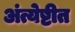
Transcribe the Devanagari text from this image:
अंत्येष्टीत